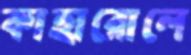
কাহারোলে